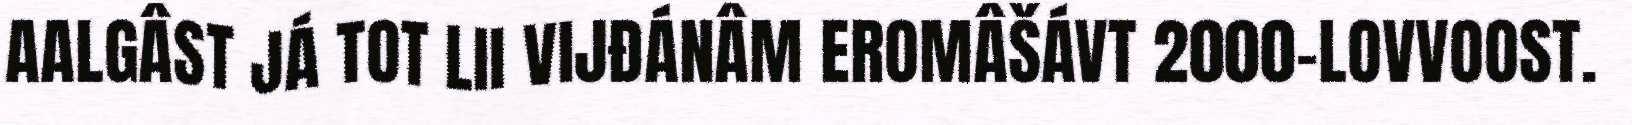
AALGÂST JÁ TOT LII VIJĐÁNÂM EROMÂŠÁVT 2000‐LOVVOOST.